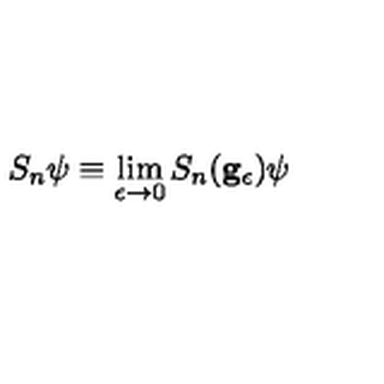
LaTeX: S _ { n } \psi \equiv \lim _ { \epsilon \rightarrow 0 } S _ { n } ( \mathbf { g } _ { \epsilon } ) \psi